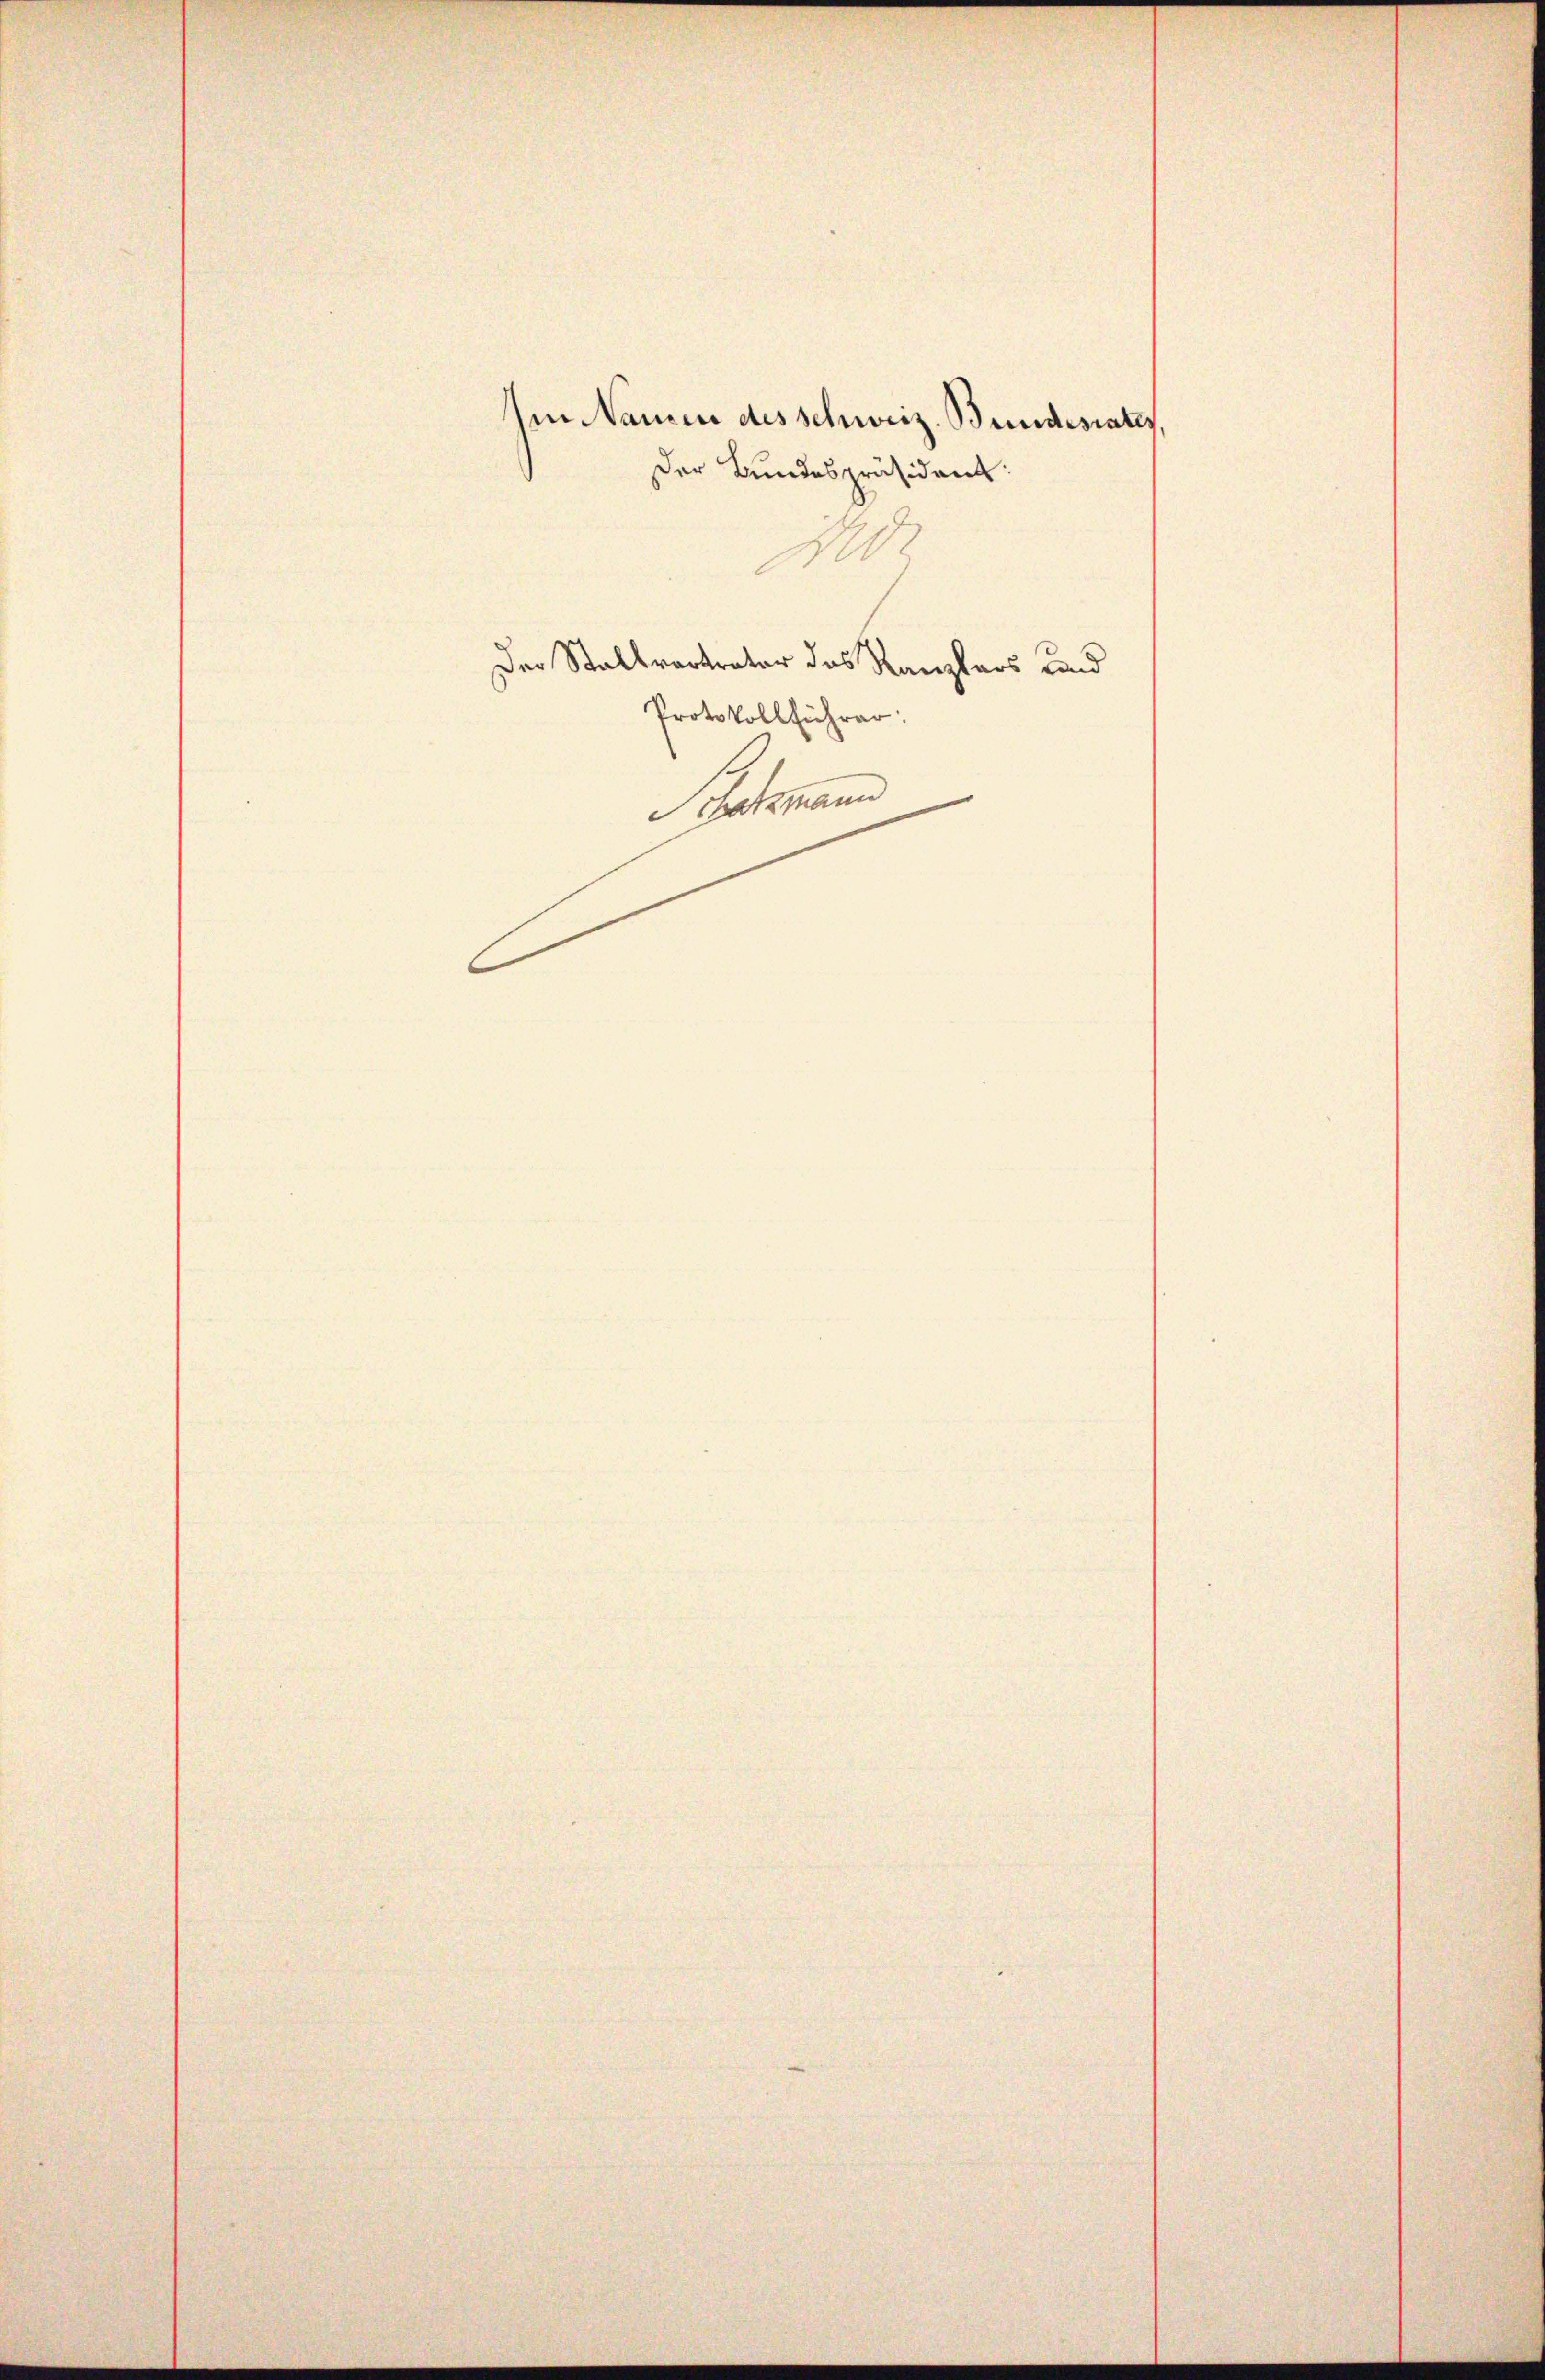
Der Bundespräsident:
1
Der Stallvertrater das Kanzlers und
Protokollführer:
Schmann

Im Namen des schweiz. Bundesrates,